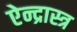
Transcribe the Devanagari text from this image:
ऐन्द्रास्त्र